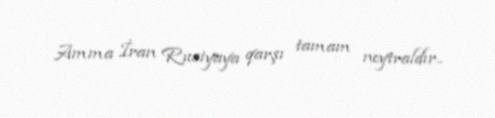
Amma İran Rusiyaya qarşı tamam neytraldır..